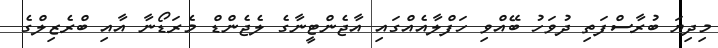
މިދިޔަ ބުރާސްފަތި ދުވަހު ބޭއްވި ހަފްލާއެއްގައި އާޖެންޓީނާގެ ލެޖެންޑް މެރަޑޯނާ އާއި ބްރެޒިލްގެ